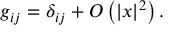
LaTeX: g _ { i j } = \delta _ { i j } + O \left( | x | ^ { 2 } \right) .